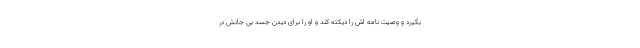
بگیرد و وصیت نامه اش را دیکته کند و او را برای دیدن جسد بی جانش در